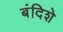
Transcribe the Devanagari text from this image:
बंदिशे